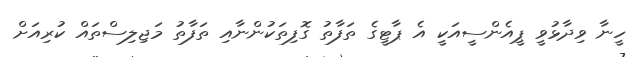
ހީނާ ވިދާޅުވީ ޕީއެންސީއަކީ އެ ޕާޓީގެ ތަފާތު ގޮފިތަކުންނާއި ތަފާތު މަޖިލިސްތައް ކުރިއަށް